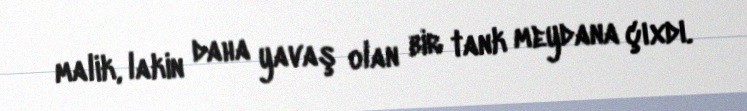
malik, lakin daha yavaş olan bir tank meydana çıxdı.